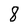
Character: 8